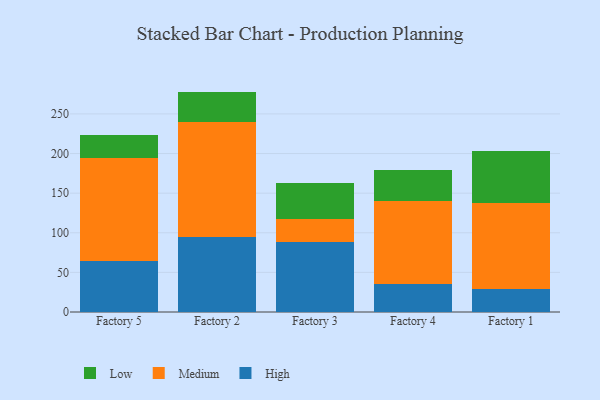
{"axis": {"x": "Factory", "y": "Production Output"}, "legend": ["High", "Low", "Medium"], "data": [{"x": "Factory 5", "y": 65.0, "type": "High"}, {"x": "Factory 5", "y": 129.5, "type": "Medium"}, {"x": "Factory 5", "y": 28.7, "type": "Low"}, {"x": "Factory 2", "y": 94.7, "type": "High"}, {"x": "Factory 2", "y": 145.2, "type": "Medium"}, {"x": "Factory 2", "y": 38.3, "type": "Low"}, {"x": "Factory 3", "y": 87.8, "type": "High"}, {"x": "Factory 3", "y": 29.4, "type": "Medium"}, {"x": "Factory 3", "y": 45.5, "type": "Low"}, {"x": "Factory 4", "y": 35.8, "type": "High"}, {"x": "Factory 4", "y": 104.1, "type": "Medium"}, {"x": "Factory 4", "y": 39.2, "type": "Low"}, {"x": "Factory 1", "y": 29.2, "type": "High"}, {"x": "Factory 1", "y": 108.6, "type": "Medium"}, {"x": "Factory 1", "y": 65.0, "type": "Low"}]}